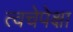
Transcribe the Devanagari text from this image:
त्वचेपेक्षा